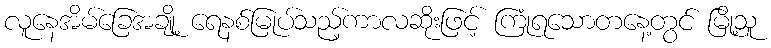
လူနေအိမ်ခြေအချို့ ရေနစ်မြုပ်သည့်ကာလဆိုးဖြင့် ကြုံရသောတနေ့တွင် မြို့သူ